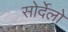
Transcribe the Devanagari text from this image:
सोर्देलो